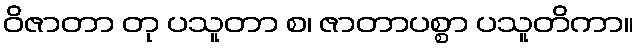
ဝိဇာတာ တု ပသူတာ စ၊ ဇာတာပစ္စာ ပသူတိကာ။